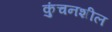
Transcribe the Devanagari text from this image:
कुंचनशील